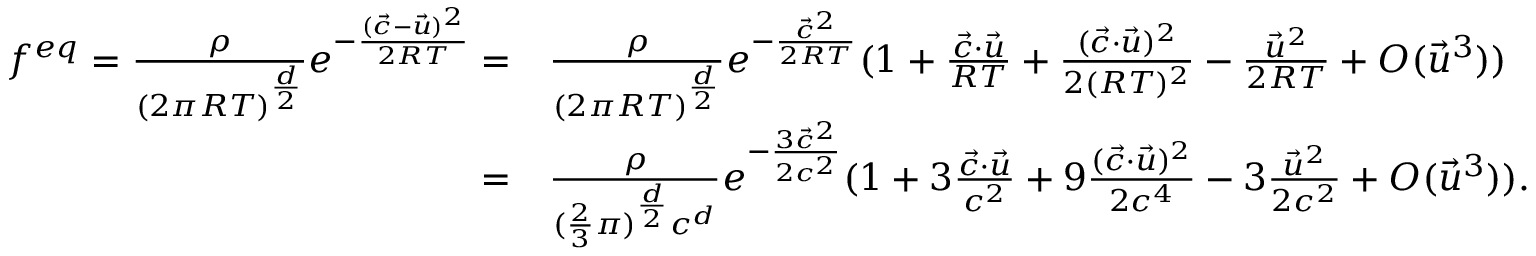
\begin{array} { r l } { f ^ { e q } = \frac { \rho } { ( 2 \pi R T ) ^ { \frac { d } { 2 } } } e ^ { - \frac { ( \Vec { c } - \Vec { u } ) ^ { 2 } } { 2 R T } } = } & { \frac { \rho } { ( 2 \pi R T ) ^ { \frac { d } { 2 } } } e ^ { - \frac { \vec { c } ^ { 2 } } { 2 R T } } ( 1 + \frac { \Vec { c } \cdot \Vec { u } } { R T } + \frac { ( \Vec { c } \cdot \Vec { u } ) ^ { 2 } } { 2 ( R T ) ^ { 2 } } - \frac { \Vec { u } ^ { 2 } } { 2 R T } + O ( \Vec { u } ^ { 3 } ) ) } \\ { = } & { \frac { \rho } { ( \frac { 2 } { 3 } \pi ) ^ { \frac { d } { 2 } } c ^ { d } } e ^ { - \frac { 3 \vec { c } ^ { 2 } } { 2 c ^ { 2 } } } ( 1 + 3 \frac { \Vec { c } \cdot \Vec { u } } { c ^ { 2 } } + 9 \frac { ( \Vec { c } \cdot \Vec { u } ) ^ { 2 } } { 2 c ^ { 4 } } - 3 \frac { \Vec { u } ^ { 2 } } { 2 c ^ { 2 } } + O ( \Vec { u } ^ { 3 } ) ) . } \end{array}